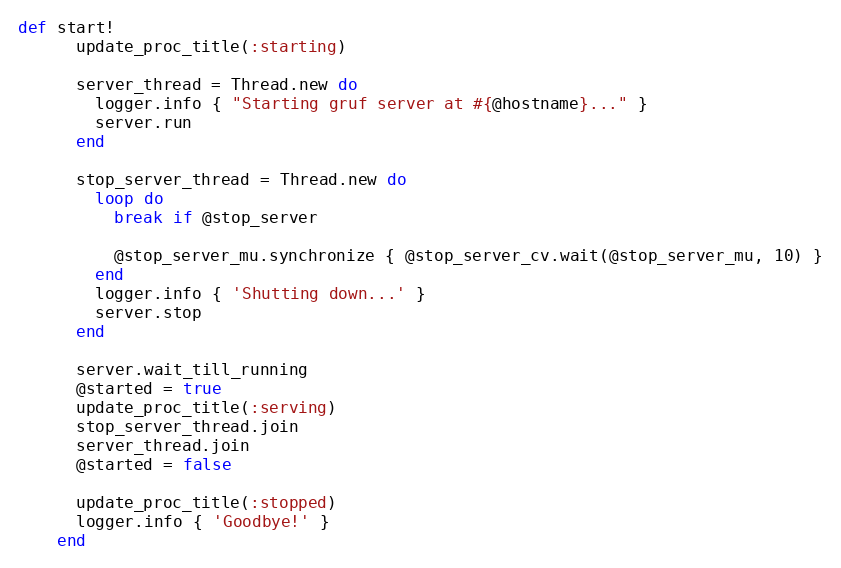
Language: Ruby
def start!
      update_proc_title(:starting)

      server_thread = Thread.new do
        logger.info { "Starting gruf server at #{@hostname}..." }
        server.run
      end

      stop_server_thread = Thread.new do
        loop do
          break if @stop_server

          @stop_server_mu.synchronize { @stop_server_cv.wait(@stop_server_mu, 10) }
        end
        logger.info { 'Shutting down...' }
        server.stop
      end

      server.wait_till_running
      @started = true
      update_proc_title(:serving)
      stop_server_thread.join
      server_thread.join
      @started = false

      update_proc_title(:stopped)
      logger.info { 'Goodbye!' }
    end